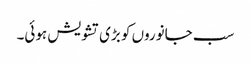
سب جانوروں کو بڑی تشویش ہوئی۔